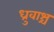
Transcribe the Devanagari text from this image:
ध्रुवाश्च